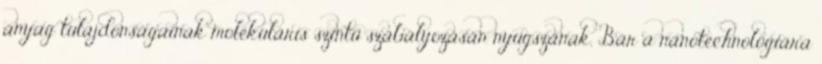
anyag tulajdonságainak molekuláris szintű szabályozásán nyugszanak. Bár a nanotechnológiára